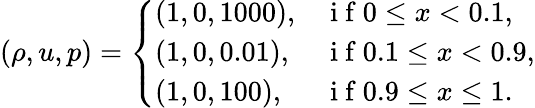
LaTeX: (\rho,u,p)=\left\{ \begin{array}{ll}{(1,0,1000),}&{\mathrm{~i~f~}0\leq x<0.1,}\\ {(1,0,0.01),}&{\mathrm{~i~f~}0.1\leq x<0.9,}\\ {(1,0,100),}&{\mathrm{~i~f~}0.9\leq x\leq 1.}\end{array}\right.